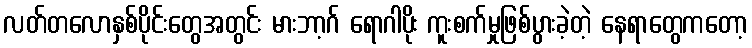
လတ်တလောနှစ်ပိုင်းတွေအတွင်း မားဘာ့ဂ် ရောဂါပိုး ကူးစက်မှုဖြစ်ပွားခဲ့တဲ့ နေရာတွေကတော့